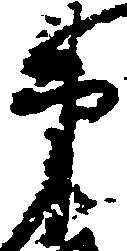
第